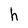
Character: h